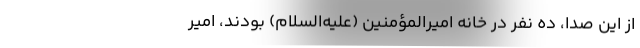
از این صدا، ده نفر در خانه امیرالمؤمنین (علیه‌السلام) بودند، امیر